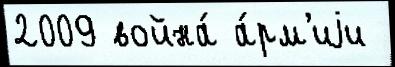
2009 война́ а́рм'иjи